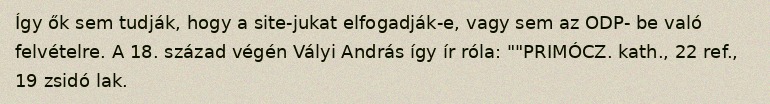
Így ők sem tudják, hogy a site-jukat elfogadják-e, vagy sem az ODP- be való felvételre. A 18. század végén Vályi András így ír róla: ""PRIMÓCZ. kath., 22 ref., 19 zsidó lak.